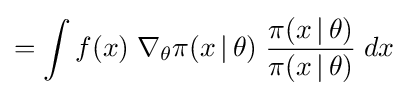
=\int f(x)\;\nabla _{\theta }\pi (x\,|\,\theta )\;{\frac {\pi (x\,|\,\theta )}{\pi (x\,|\,\theta )}}\;dx